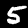
Digit: 5